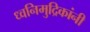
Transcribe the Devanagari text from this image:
ध्वनिमुद्रिकांनी